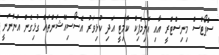
ސްޕޯޓްސް މިނިސްޓްރީ އާއި އޮލިމްޕިކް ކޮމިޓީ އަދި ކުޅިވަރު އެސޯސިއޭޝަންތައް ގުޅިގެން އަންނަނީ